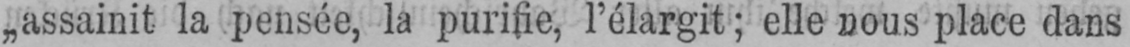
„assainit la pensée, la purifie, l’élargit; elle nous place dans